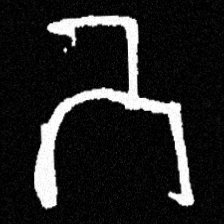
Pyu character \u2014 Myanmar letter: ဘ (romanized: bha)